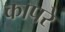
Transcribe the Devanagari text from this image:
कापरे